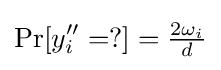
\Pr[y_{i}''=?]={\tfrac {2\omega _{i}}{d}}